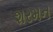
શરમન